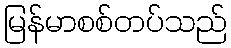
မြန်မာစစ်တပ်သည်